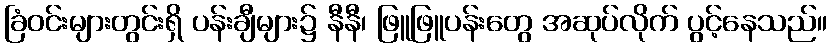
ခြံဝင်းများတွင်းရှိ ပန်းချီများ၌ နီနီ၊ ဖြူဖြူပန်းတွေ အဆုပ်လိုက် ပွင့်နေသည်။